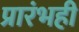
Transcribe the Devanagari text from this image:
प्रारंभही